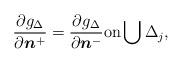
LaTeX: \begin{align*}\frac{\partial g_\Delta}{\partial\boldsymbol{n}^+} = \frac{\partial g_\Delta}{\partial\boldsymbol{n}^-} \mbox{on} \bigcup \Delta_j,\end{align*}